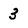
Character: 3